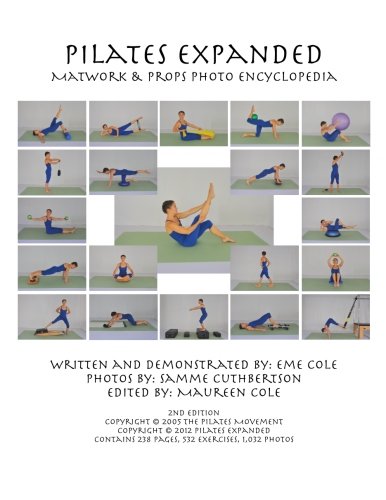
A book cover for Pilates Expanded Matwork & Props Photo Encyclopedia; Eme Cole; Health, Fitness & Dieting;